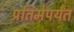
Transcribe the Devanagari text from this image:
प्रतिमेपर्यंत